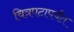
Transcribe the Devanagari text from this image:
चित्रपटापर्यंत